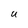
Character: U